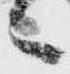
之